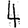
Digit: 4